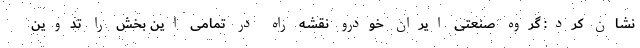
نشان کرد: گروه صنعتی ایران خودرو نقشه راه در تمامی این بخش را تدوین